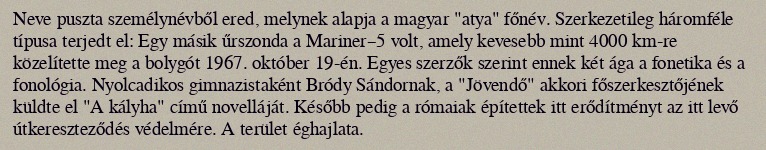
Neve puszta személynévből ered, melynek alapja a magyar "atya" főnév. Szerkezetileg háromféle típusa terjedt el: Egy másik űrszonda a Mariner–5 volt, amely kevesebb mint 4000 km-re közelítette meg a bolygót 1967. október 19-én. Egyes szerzők szerint ennek két ága a fonetika és a fonológia. Nyolcadikos gimnazistaként Bródy Sándornak, a "Jövendő" akkori főszerkesztőjének küldte el "A kályha" című novelláját. Később pedig a rómaiak építettek itt erődítményt az itt levő útkereszteződés védelmére. A terület éghajlata.